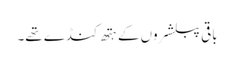
باقی پبلشروں کے ہتھ کنڈے تھے۔